Report of veterinary surgeon J.H. Steel, A.V.D., on his investigation into an obscure and fatal disease among transport mules in British Burma
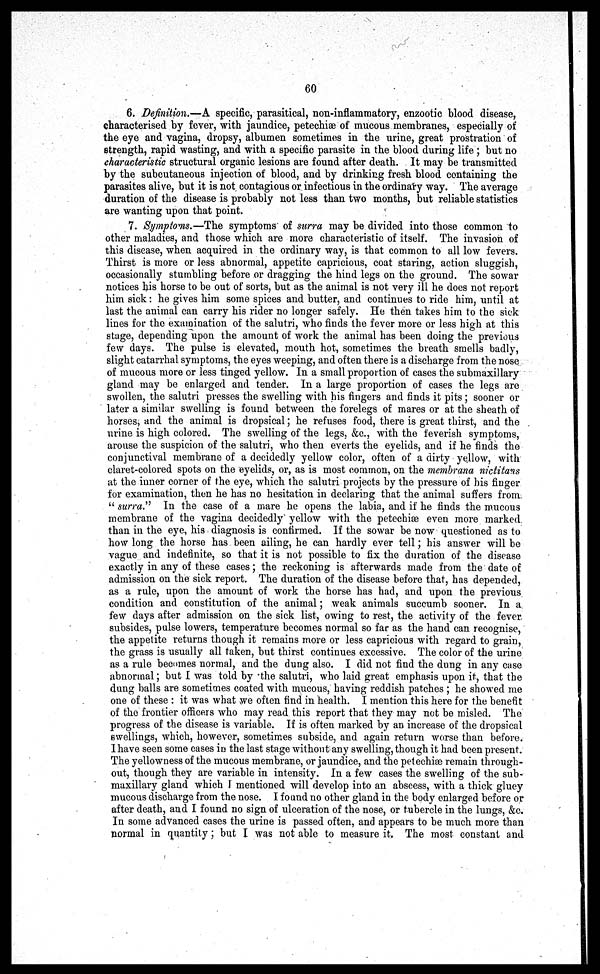
60
6. Definition.—A specific, parasitical, non-inflammatory, enzootic blood disease,
characterised by fever, with jaundice, petechiae of mucous membranes, especially of
the eye and vagina, dropsy, albumen sometimes in the urine, great prostration of
strength, rapid wasting, and with a specific parasite in the blood during life ; but no
characteristic structural organic lesions are found after death. It may be transmitted
by the subcutaneous injection of blood, and by drinking fresh blood containing the
parasites alive, but it is not contagious or infectious in the ordinary way. The average
duration of the disease is probably not less than two months, but reliable statistics
are wanting upon that point.
7. Symptoms.—The symptoms of surra may be divided into those common to
other maladies, and those which are more characteristic of itself. The invasion of
this disease, when acquired in the ordinary way, is that common to all low fevers.
Thirst is more or less abnormal, appetite capricious, coat staring, action sluggish,
occasionally stumbling before or dragging the hind legs on the ground. The sowar
notices his horse to be out of sorts, but as the animal is not very ill he docs not report
him sick: he gives him some spices and butter, and continues to ride him, until at
last the animal can carry his rider no longer safely. He then takes him to the sick
lines for the examination of the salutri, who finds the fever more or less high at this
stage, depending upon the amount of work the animal has been doing the previous
few days. The pulse is elevated, mouth hot, sometimes the breath smells badly,
slight catarrhal symptoms, the eyes weeping, and often there is a discharge from the nose
of mucous more or less tinged yellow. In a small proportion of cases the submaxillary
gland may be enlarged and tender. In a large proportion of cases the legs are
swollen, the salutri presses the swelling with his fingers and finds it pits; sooner or
later a similar swelling is found between the forelegs of mares or at the sheath of
horses, and the animal is dropsical; he refuses food, there is great thirst, and the
urine is high colored. The swelling of the legs, &c., with the feverish symptoms,
arouse the suspicion of the salutri, who then everts the eyelids, and if he finds the
conjunctival membrane of a decidedly yellow color, often of a dirty yellow, with
claret-colored spots on the eyelids, or, as is most common, on the membrana nictitans
at the inner corner of the eye, which the salutri projects by the pressure of his finger
for examination, then he has no hesitation in declaring that the animal suffers from
" surra." In the case of a mare he opens the labia, and if he finds the mucous
membrane of the vagina decidedly yellow with the petechias even more marked
than in the eye, his diagnosis is confirmed. If the sowar be now questioned as to
how long the horse has been ailing, he can hardly ever tell; his answer will be
vague and indefinite, so that it is not possible to fix the duration of the disease
exactly in any of these cases; the reckoning is afterwards made from the date of
admission on the sick report. The duration of the disease before that, has depended,
as a rule, upon the amount of work the horse has had, and upon the previous
condition and constitution of the animal; weak animals succumb sooner. In a
few days after admission on the sick list, owing to rest, the activity of the fever
subsides, pulse lowers, temperature becomes normal so far as the hand can recognise,
the appetite returns though it remains more or less capricious with regard to grain,
the grass is usually all taken, but thirst continues excessive. The color of the urine
as a rule becomes normal, and the dung also. I did not find the dung in any case
abnormal; but I was told by 'the salutri, who laid great emphasis upon it, that the
dung balls are sometimes coated with mucous, having reddish patches ; he showed me
one of these : it was what we often find in health. I mention this here for the benefit
of the frontier officers who may read this report that they may not be misled. The
progress of the disease is variable. If is often marked by an increase of the dropsical
swellings, which, however, sometimes subside, and again return worse than before.
l have seen some cases in the last stage without any swelling, though it had been present.
The yellowness of the mucous membrane, or jaundice, and the petechias remain through-
out, though they are variable in intensity. In a few cases the swelling of the sub-
maxillary gland which I mentioned will develop into an abscess, with a thick gluey
mucous discharge from the nose. I found no other gland in the body enlarged before or
after death, and I found no sign of ulceration of the nose, or tubercle in the lungs, &c.
In some advanced cases the urine is passed often, and appears to be much more than
normal in quantity; but I was not able to measure it, The most constant and